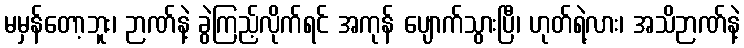
မမှန်တော့ဘူး၊ ဉာဏ်နဲ့ ခွဲကြည့်လိုက်ရင် အကုန် ပျောက်သွားပြီ၊ ဟုတ်ရဲ့လား၊ အသိဉာဏ်နဲ့